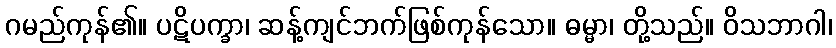
ဂမည်ကုန်၏။ ပဋိပက္ခာ၊ ဆန့်ကျင်ဘက်ဖြစ်ကုန်သော။ ဓမ္မာ၊ တို့သည်။ ဝိသဘာဂါ၊